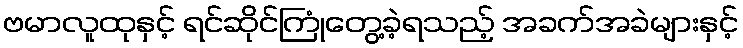
ဗမာလူထုနှင့် ရင်ဆိုင်ကြုံတွေ့ခဲ့ရသည့် အခက်အခဲများနှင့်